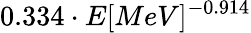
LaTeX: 0.334\cdot E[MeV]^{-0.914}